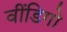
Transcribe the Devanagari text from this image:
वींडिगो